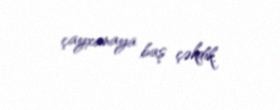
çayxanaya baş çəkdik.